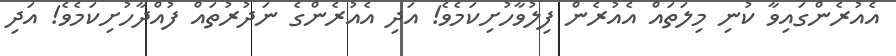
އެއުރެންގައިވާ ކުނި މިލަތައް އެއުރެން ފިލުވާހުށިކަމެވެ! އަދި އެއުރެންގެ ނަދުރުތައް ފުއްދާހުށިކަމެވެ! އަދި